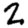
Digit: 2